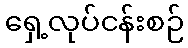
ရှေ့လုပ်ငန်းစဉ်